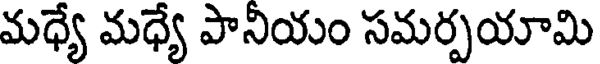
మధ్యే మధ్యే పానీయం సమర్పయామి